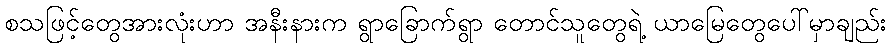
စသဖြင့်တွေအားလုံးဟာ အနီးနားက ရွာခြောက်ရွာ တောင်သူတွေရဲ့ ယာမြေတွေပေါ်မှာချည်း